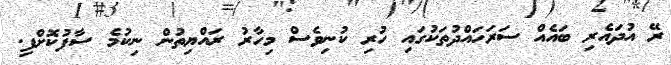
ރޭ އުދައެރި ބައެއް ސަރަހައްދުތަކުގައި ހުރި ކުނިވެސް މިހާރު ރައްޔިތުން ނިކުމެ ސާފުކޮށްފި.